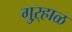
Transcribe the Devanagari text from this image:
गुऱ्हाळ